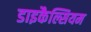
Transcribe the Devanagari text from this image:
डाइकैल्सियम